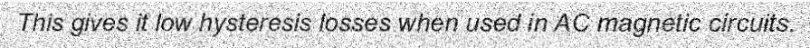
This gives it low hysteresis losses when used in AC magnetic circuits.